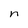
Character: n